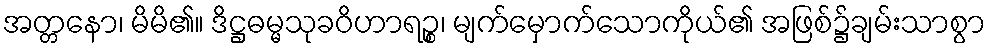
အတ္တနော၊ မိမိ၏။ ဒိဋ္ဌဓမ္မသုခဝိဟာရဉ္စ၊ မျက်မှောက်သောကိုယ်၏ အဖြစ်၌ချမ်းသာစွာ